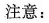
注意：